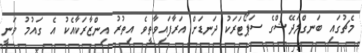
މެޗުގައި ބަނގްލަދޭޝްގެ ސަޕޯޓަރަކު ދަނޑަށް އަރާފައިވާތީވެ އިތުރު އިންޒާރަކާއެކު އެ ގައުމު ވަނީ